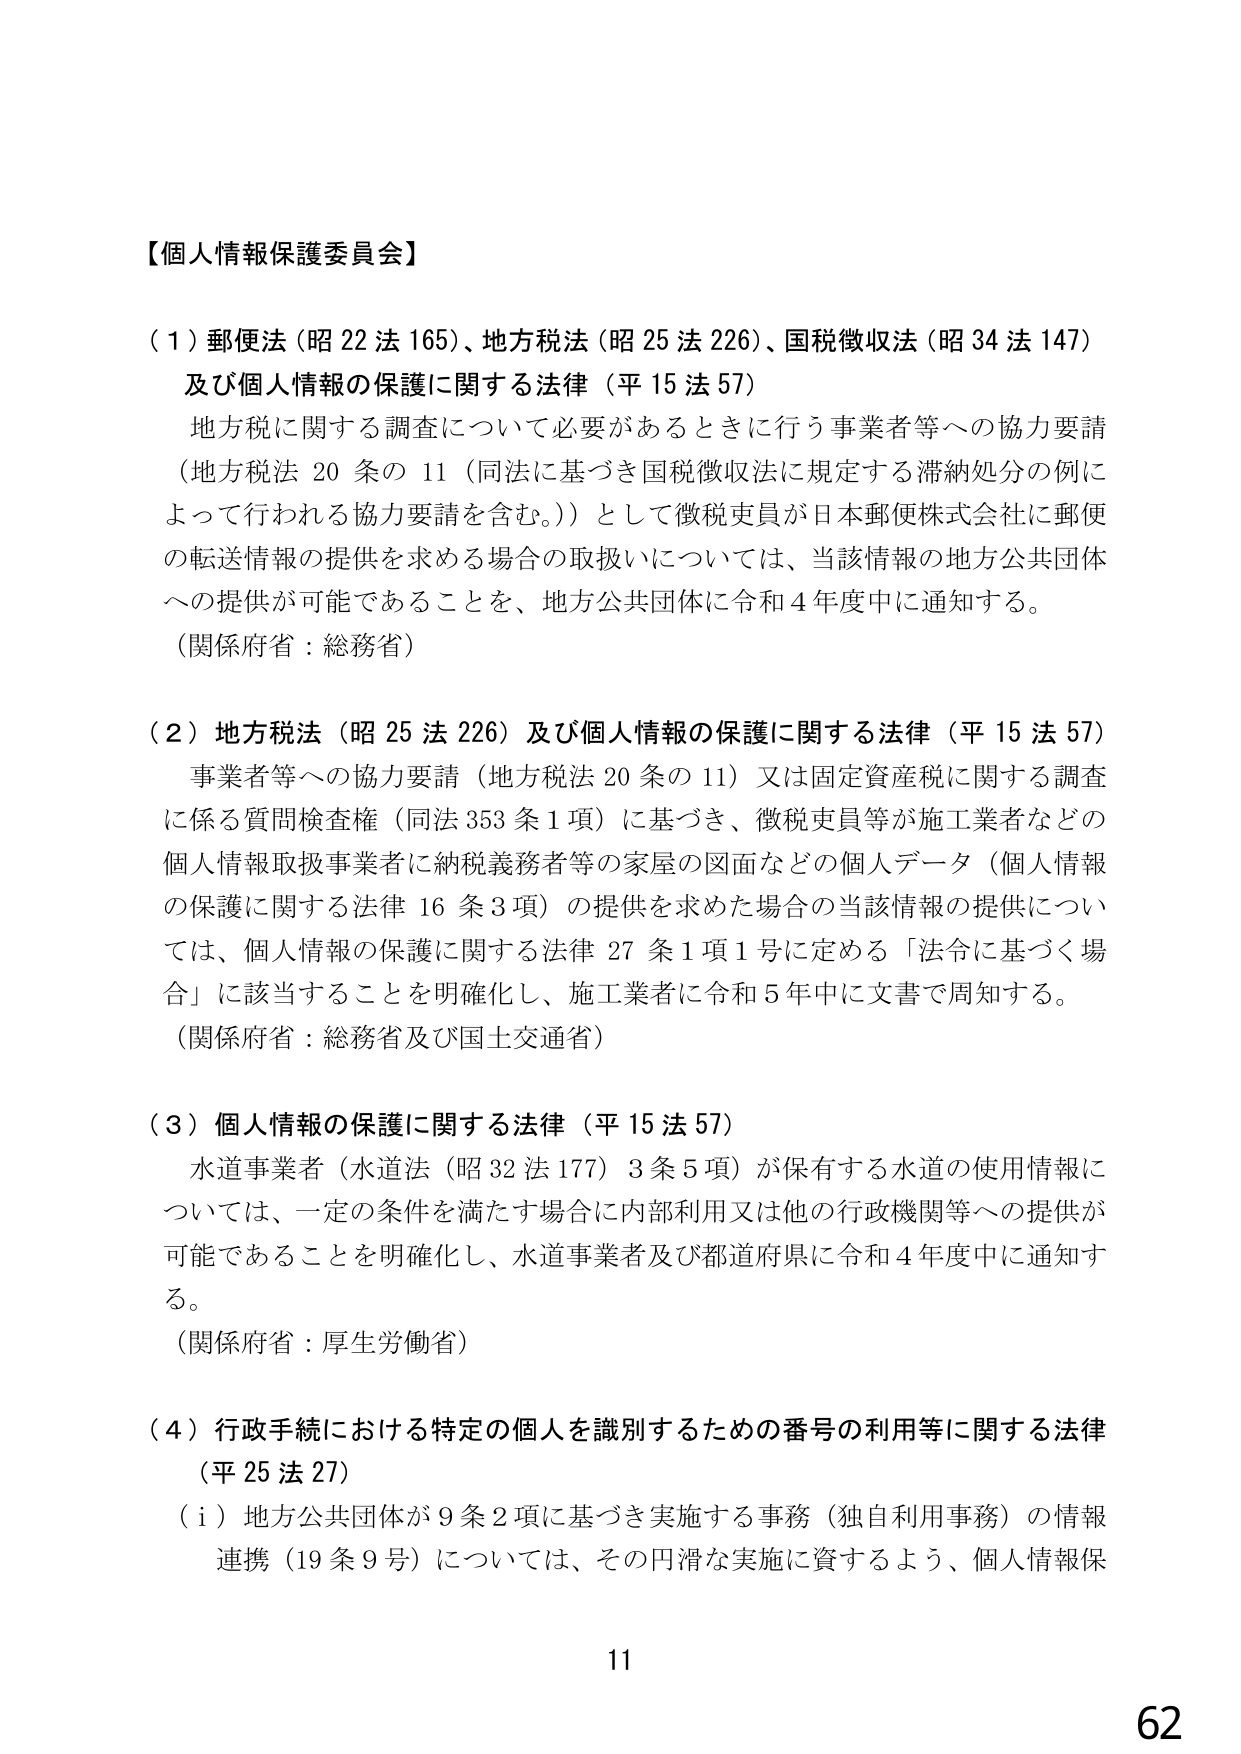
【個人情報保護委員会】

（１）郵便法（昭22法165）、地方税法（昭25法226）、国税徴収法（昭34法147）
及び個人情報の保護に関する法律（平15法57）
　地方税に関する調査について必要があるときに行う事業者等への協力要請
（地方税法20条の11（同法に基づき国税徴収法に規定する滞納処分の例に
よって行われる協力要請を含む。））として徴税吏員が日本郵便株式会社に郵便
の転送情報の提供を求める場合の取扱いについては、当該情報の地方公共団体
への提供が可能であることを、地方公共団体に令和4年度中に通知する。
（関係府省：総務省）

（２）地方税法（昭25法226）及び個人情報の保護に関する法律（平15法57）
　事業者等への協力要請（地方税法20条の11）又は固定資産税に関する調査
に係る質問検査権（同法353条1項）に基づき、徴税吏員等が施工業者などの
個人情報取扱事業者に納税義務者等の家屋の図面などの個人データ（個人情報
の保護に関する法律16条3項）の提供を求めた場合の当該情報の提供につい
ては、個人情報の保護に関する法律27条1項1号に定める「法令に基づく場
合」に該当することを明確化し、施工業者に令和5年中に文書で周知する。
（関係府省：総務省及び国土交通省）

（３）個人情報の保護に関する法律（平15法57）
　水道事業者（水道法（昭32法177）3条5項）が保有する水道の使用情報に
ついては、一定の条件を満たす場合に内部利用又は他の行政機関等への提供が
可能であることを明確化し、水道事業者及び都道府県に令和4年度中に通知す
る。
（関係府省：厚生労働省）

（４）行政手続における特定の個人を識別するための番号の利用等に関する法律
（平25法27）
　（ｉ）地方公共団体が9条2項に基づき実施する事務（独自利用事務）の情報
連携（19条9号）については、その円滑な実施に資するよう、個人情報保

11
62